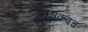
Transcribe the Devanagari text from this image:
वक्षकवच